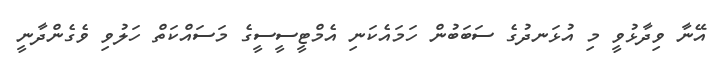
އޭނާ ވިދާޅުވީ މި އުޅަނދުގެ ސަބަބުން ހަމައެކަނި އެމްޓީސީސީގެ މަސައްކަތް ހަލުވި ވެގެންދާނީ